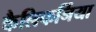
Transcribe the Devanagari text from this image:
कैलिफर्निया